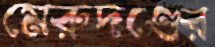
মেরুদণ্ডের